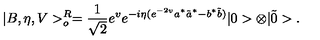
| B , \eta , V > _ { o } ^ { R } = \frac { 1 } { \sqrt { 2 } } e ^ { v } e ^ { - i \eta ( e ^ { - 2 v } a ^ { * } \tilde { a } ^ { * } - b ^ { * } \tilde { b } ) } | 0 > \otimes | \tilde { 0 } > .